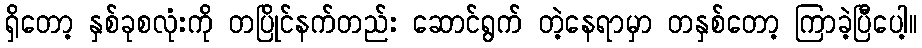
ရှိတော့ နှစ်ခုစလုံးကို တပြိုင်နက်တည်း ဆောင်ရွက် တဲ့နေရာမှာ တနှစ်တော့ ကြာခဲ့ပြီပေါ့။